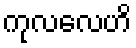
ကုလလေဟိ